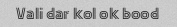
Vali dar kol ok bood